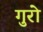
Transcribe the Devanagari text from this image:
गुरो